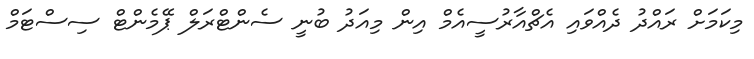
މިކަމަށް ރައްދު ދެއްވައި އެޗްއާރުސީއެމް އިން މިއަދު ބުނީ ސެންޓްރަލް ޕޭމެންޓް ސިސްޓަމް